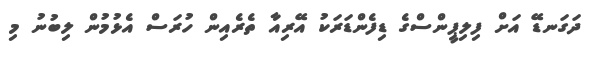
ދަގަނޑޭ އަށް ފިލިޕީންސްގެ ޑިފެންޑަރަކު އޭރިއާ ތެރެއިން ހުރަސް އެޅުމުން ލިބުނު މި